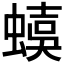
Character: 𧏜